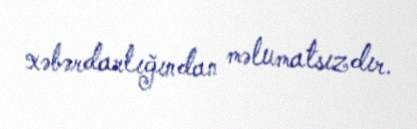
xəbərdarlığından məlumatsızdır.